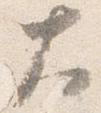
大